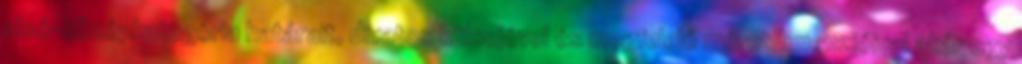
alsó-középkategória határait, divatos külsejével és megfelelő méretdimenzióival akár egy